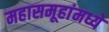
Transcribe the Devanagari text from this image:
महासमूहांमध्ये